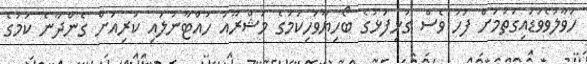
ހަވާލުވެވަޑައިގަތުމަށް ފަހު ވެސް ގުޅިފަޅުގެ ބޯހިޔާވަހިކަމުގެ މަޝްރޫއު ހުއްޓާނުލައި ކުރިއަށް ގެންދާނެ ކަމުގެ